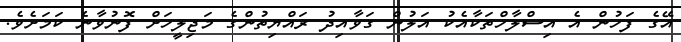
އޭގެ ފަހުން އެ އިސްލާހްތަކާއެކު އަލުން ގަވާއިދު ރައްޔިތުންގެ މަޖިލީހަށް ފޮނުވާނެ ކަމަށެވެ.